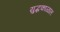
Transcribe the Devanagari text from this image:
युद्धकाळांत